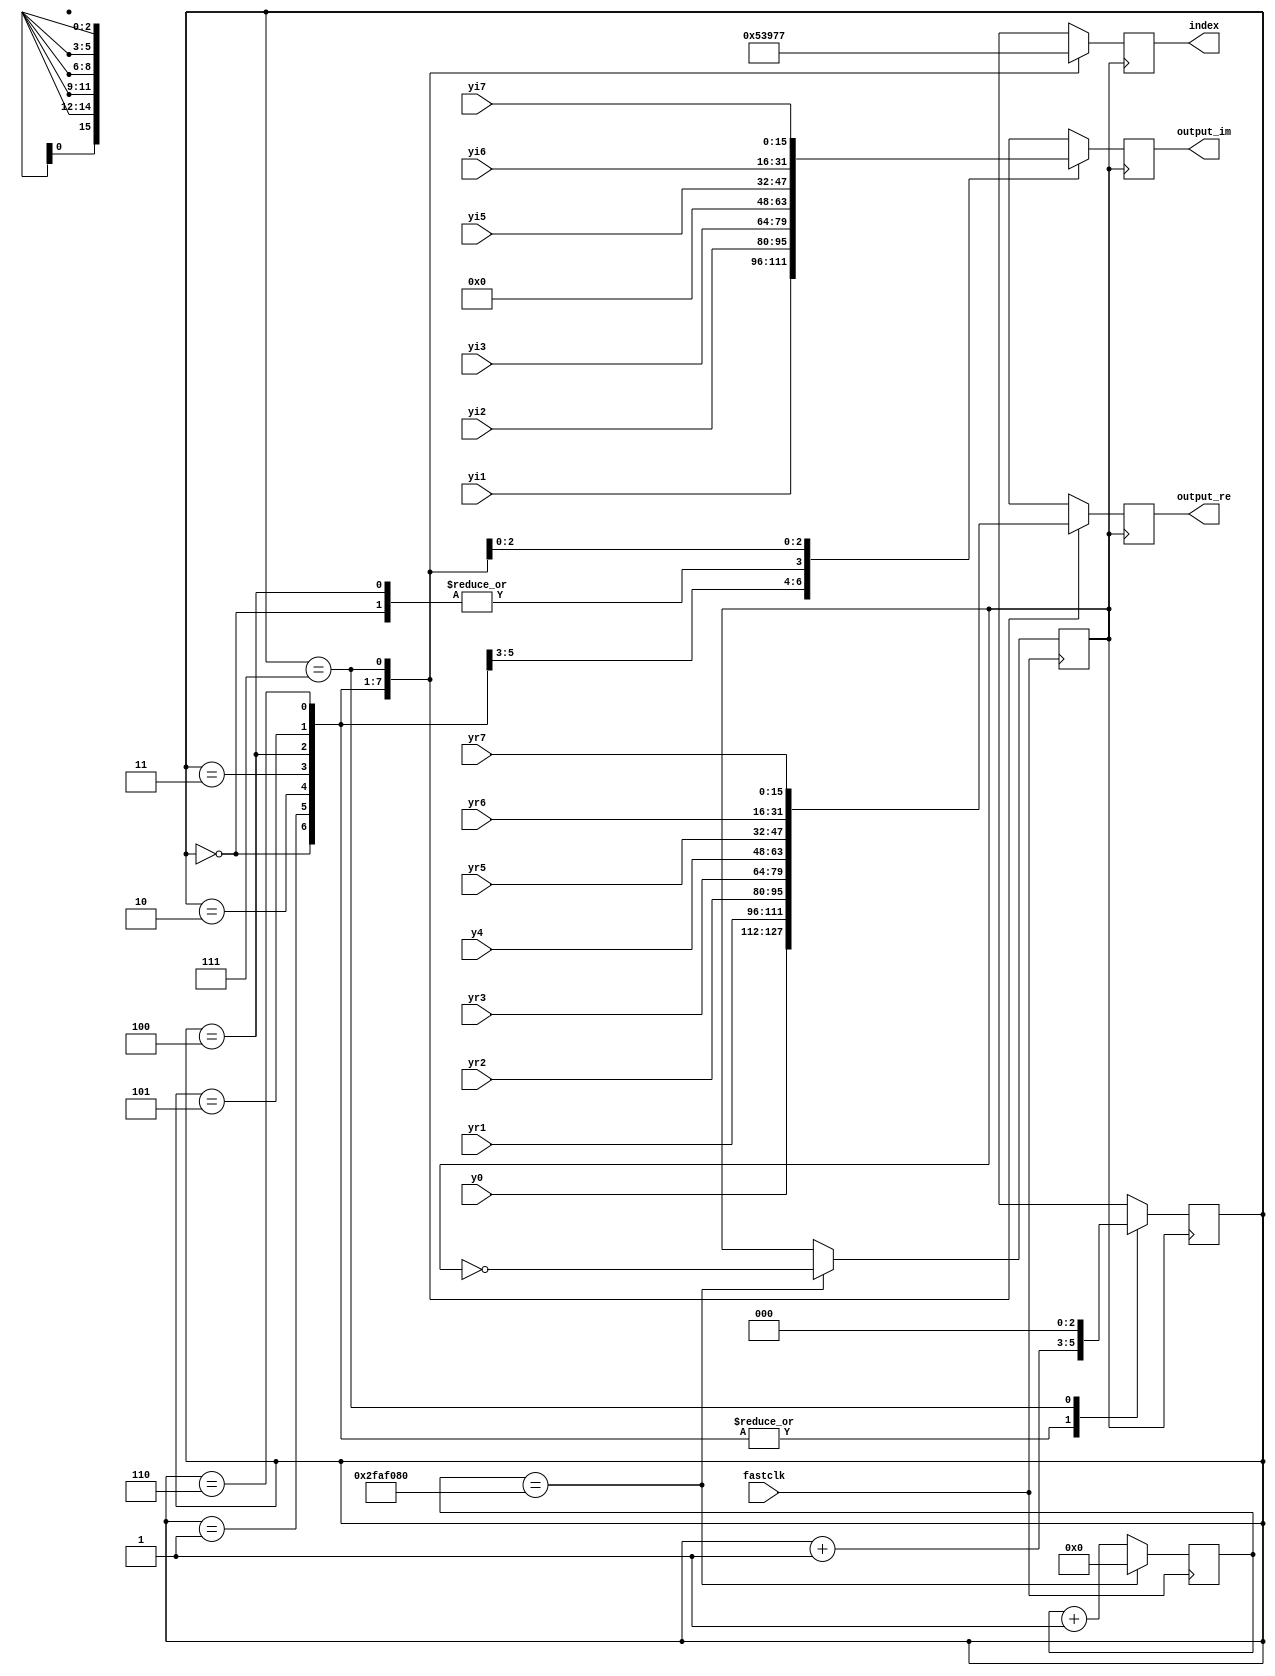
module fft_output(y0,yr1,yi1,yr2,yi2,yr3,yi3,y4,yr5,yi5,yr6,yi6,yr7,yi7,
					fastclk, output_re, output_im, index);

input fastclk;
input [15:0] y0,yr1,yi1,yr2,yi2,yr3,yi3,y4,yr5,yi5,yr6,yi6,yr7,yi7;	//testing with 8 bits, replace with 16 when combining
output reg [15:0] output_re, output_im;	//testing with 8 bits, replace with 16 when combining
output reg [2:0] index;

reg slowclk;
reg [2:0] output_count = 0;
reg[25:0] counter = 0;
integer clk_count = 50000000;

always @ (posedge fastclk) begin // clock divider module, setting slowclk to 1MHz
counter <= counter + 1;
    case(counter)
		clk_count:
			begin 
				slowclk <= ~slowclk;
            counter <= 0;
			end
    endcase

end
				
always@(posedge slowclk) begin
	case(output_count)
		0:
			begin
				output_re = y0;
				output_im = 0;
				index = 0;
				output_count = output_count + 1;
			end
		1:
			begin
				output_re = yr1;
				output_im = yi1;
				index = 1;
				output_count = output_count + 1;
			end
		2:
			begin
				output_re = yr2;
				output_im = yi2;
				index = 2;
				output_count = output_count + 1;
			end
		3:
			begin
				output_re = yr3;
				output_im = yi3;
				index = 3;
				output_count = output_count + 1;
			end
		4:
			begin
				output_re = y4;
				output_im = 0;
				index = 4;
				output_count = output_count + 1;
			end
		5:
			begin
				output_re = yr5;
				output_im = yi5;
				index = 5;
				output_count = output_count + 1;
			end
		6:
			begin
				output_re = yr6;
				output_im = yi6;
				index = 6;
				output_count = output_count + 1;
			end
		7:
			begin
				output_re = yr7;
				output_im = yi7;
				index = 7;
				output_count = 0;
			end
	endcase
end

endmodule